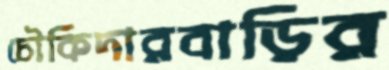
চৌকিদারবাড়ির